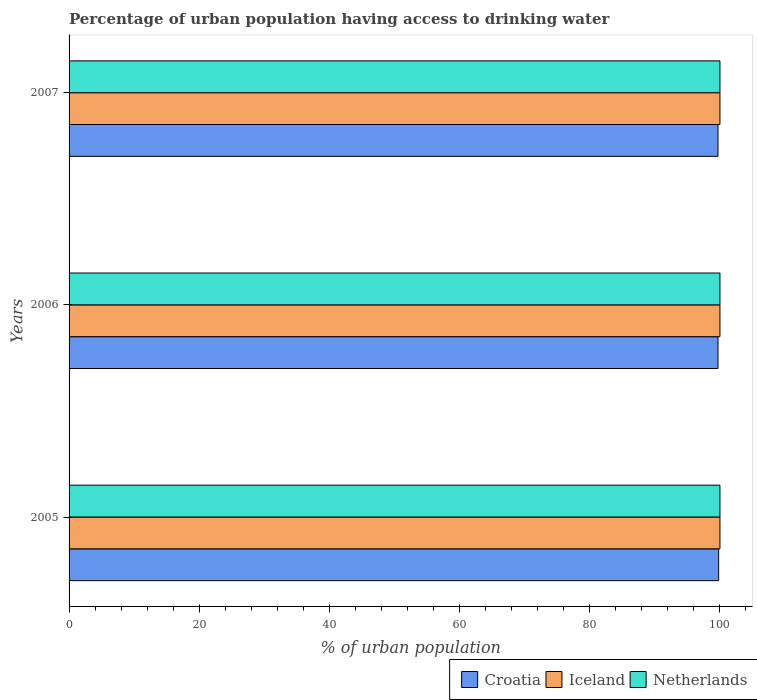
| Years | Croatia | Iceland | Netherlands |
 | --- | --- | --- | --- |
 | 2005 | 99.8 | 100 | 100 |
 | 2006 | 99.7 | 100 | 100 |
 | 2007 | 99.7 | 100 | 100 |